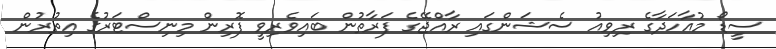
ސީޑޯ މުއާހަދާގެ ރިވިއު ސެޝަންގައި ރާއްޖޭގެ ފަރާތުން ބައިވެރިވީ ފޮރިން މިނިސްޓަރުގެ އިތުރުން